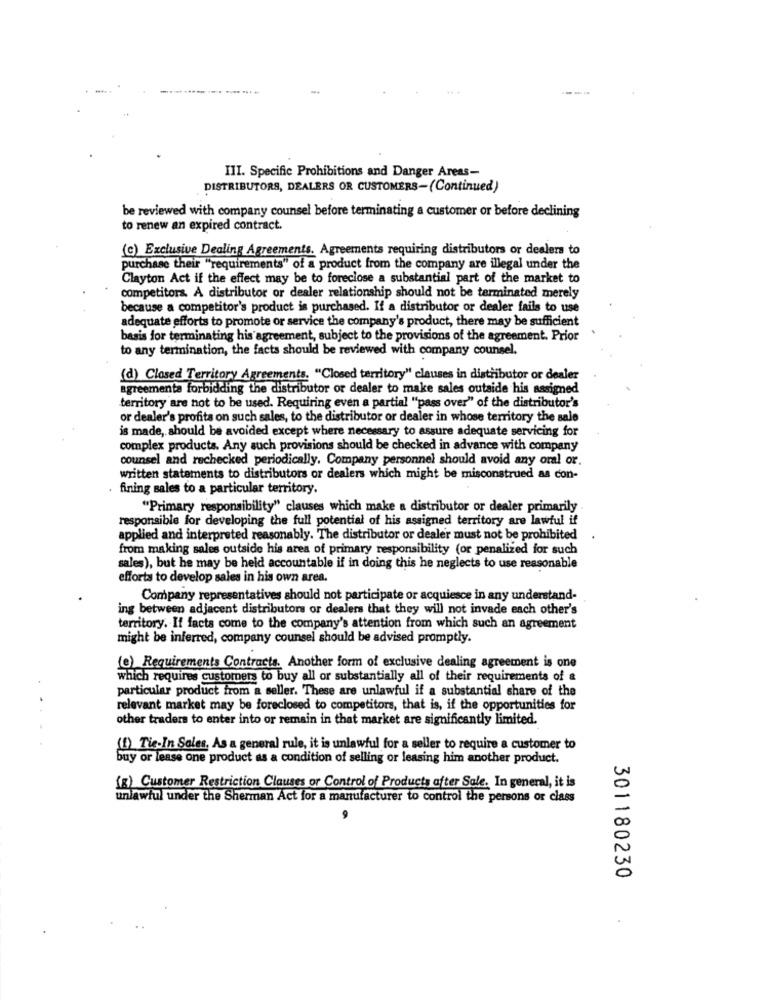
-------
III. Specific Prohibitions and Danger Areas-
DISTRIBUTORS, DEALERS OR CUSTOMERS-(Continued)
be reviewed with company counsel before terminating a customer or before declining
to renew an expired contract.
(c) Exclusive Dealing Agreements. Agreements requiring distributors or dealers to
purchase their "requirements" of a product from the company are illegal under the
Clayton Act if the effect may be to foreclose a substantial part of the market to
competitors. A distributor or dealer relationship should not be terminated merely
because a competitor's product is purchased. If a distributor or dealer fails to use
adequate efforts to promote or service the company's product, there may be sufficient
basis for terminating his agreement, subject to the provisions of the agreement. Prior
to any termination, the facts should be reviewed with company counsel,
(d) Closed Territory Agreements. "Closed territory" clauses in distributor or dealer
agreementa forbidding the distributor or dealer to make sales outside his assigned
territory are not to be used. Requiring even a partial "pass over" of the distributor's
or dealer's profits on such sales, to the distributor or dealer in whose territory the sale
is made, should be avoided except where necessary to assure adequate servicing for
complex products. Any such provisions should be checked in advance with company
counsel and rechecked periodically. Company personnel should avoid any oral or.
written statements to distributors or dealers which might be misconstrued as con-
fining sales to a particular territory.
"Primary responsibility" clauses which make a distributor or dealer primarily
responsible for developing the full potential of his assigned territory are lawful if
applied and interpreted reasonably. The distributor or dealer must not be prohibited
from making sales outside his area of primary responsibility (or penalized for such
sales), but he may be held accountable if in doing this he neglects to use reasonable
efforts to develop sales in his own area.
Company representatives should not participate or acquiesce in any understand-
ing between adjacent distributors or dealers that they will not invade each other's
territory. If facts come to the company's attention from which such an agreement
might be inferred, company counsel should be advised promptly.
(e) Requirements Contracts. Another form of exclusive dealing agreement is one
which requires customers to buy all or substantially all of their requirements of &
particular product from a seller. These are unlawful if a substantial share of the
relevant market may be foreclosed to competitors, that is, if the opportunities for
other traders to enter into or remain in that market are significantly limited.
(1) Tie-In Sales, As a general rule, it is unlawful for a seller to require a customer to
buy or lease one product as a condition of selling or leasing him another product.
(x) Customer Restriction Clauses or Control of Products after Sale. In general, it is
unlawful under the Sherman Act for a manufacturer to control the persons or class
301180230